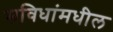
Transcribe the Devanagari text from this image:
सविधांमधील